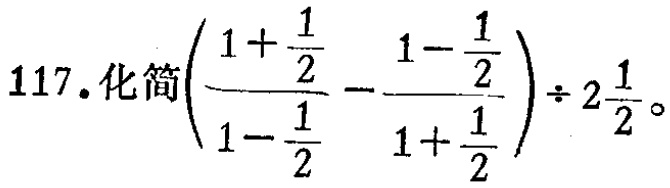
117. 化简$\left(\dfrac{1 + \dfrac{1}{2}}{1 - \dfrac{1}{2}} - \dfrac{1 - \dfrac{1}{2}}{1 + \dfrac{1}{2}}\right) \div 2\dfrac{1}{2}$。